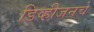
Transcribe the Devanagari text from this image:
डिव्हीजनचे